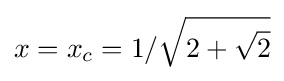
x=x_{c}=1/{\sqrt {2+{\sqrt {2}}}}